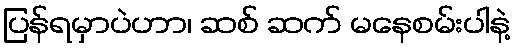
ပြန်ရမှာပဲဟာ၊ ဆစ် ဆက် မနေစမ်းပါနဲ့